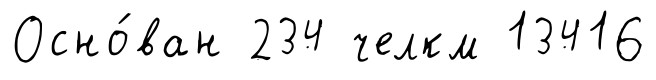
Осно́ван 234 челкм 13416